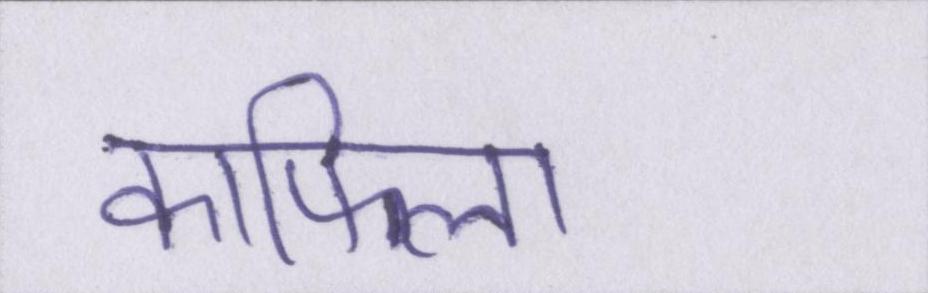
काफिला